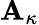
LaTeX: \mathbf{A}_{\kappa}